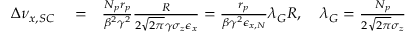
\begin{array} { r l r } { \Delta \nu _ { x , S C } } & { { } = } & { \frac { N _ { p } r _ { p } } { \beta ^ { 2 } \gamma ^ { 2 } } \frac { R } { 2 \sqrt { 2 \pi } \gamma \sigma _ { z } \epsilon _ { x } } = \frac { r _ { p } } { \beta \gamma ^ { 2 } \epsilon _ { x , N } } \lambda _ { G } R , \; \; \; \; \lambda _ { G } = \frac { N _ { p } } { 2 \sqrt { 2 \pi } \sigma _ { z } } } \end{array}